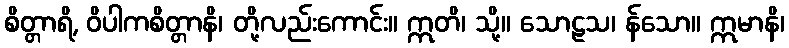
စိတ္တာရိ, ဝိပါကစိတ္တာနိ၊ တို့လည်းကောင်း။ ဣတိ၊ သို့။ သောဠသ၊ န်သော။ ဣမာနိ၊